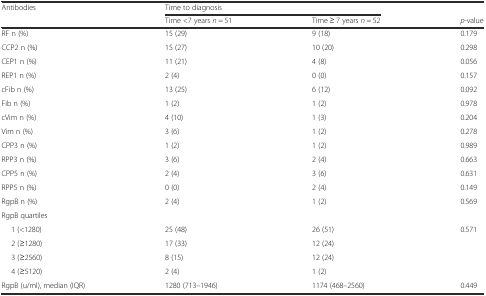
| Antibodies | <COLSPAN=2> Time to diagnosis |  |
 |  | Time <7 years n = 51 | Time ≥ 7 years n = 52 | p-value |
 | --- | --- | --- | --- |
 | RF n (%) | 15 (29) | 9 (18) | 0.179 |
 | CCP2 n (%) | 15 (27) | 10 (20) | 0.298 |
 | CEP1 n (%) | 11 (21) | 4 (8) | 0.056 |
 | REP1 n (%) | 2 (4) | 0 (0) | 0.157 |
 | cFib n (%) | 13 (25) | 6 (12) | 0.092 |
 | Fib n (%) | 1 (2) | 1 (2) | 0.978 |
 | cVim n (%) | 4 (10) | 1 (3) | 0.204 |
 | Vim n (%) | 3 (6) | 1 (2) | 0.278 |
 | CPP3 n (%) | 1 (2) | 1 (2) | 0.989 |
 | RPP3 n (%) | 3 (6) | 2 (4) | 0.663 |
 | CPP5 n (%) | 2 (4) | 3 (6) | 0.631 |
 | RPP5 n (%) | 0 (0) | 2 (4) | 0.149 |
 | RgpB n (%) | 2 (4) | 1 (2) | 0.569 |
 | <COLSPAN=4> RgpB quartiles |
 | 1 (<1280) | 25 (48) | 26 (51) | <ROWSPAN=4> 0.571 |
 | 2 (≥1280) | 17 (33) | 12 (24) |
 | 3 (≥2560) | 8 (15) | 12 (24) |
 | 4 (≥5120) | 2 (4) | 1 (2) |
 | RgpB (u/ml), median (IQR) | 1280 (713–1946) | 1174 (468–2560) | 0.449 |